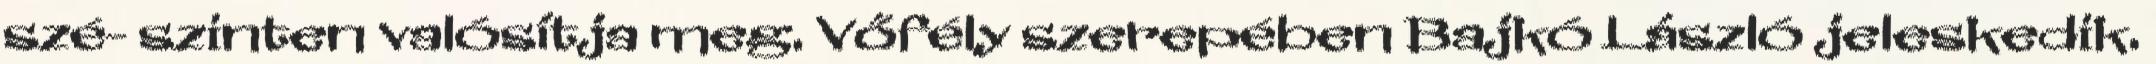
szé- szinten valósítja meg. Vőfély szerepében Bajkó László jeleskedik.